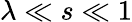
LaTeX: \lambda\ll s\ll 1